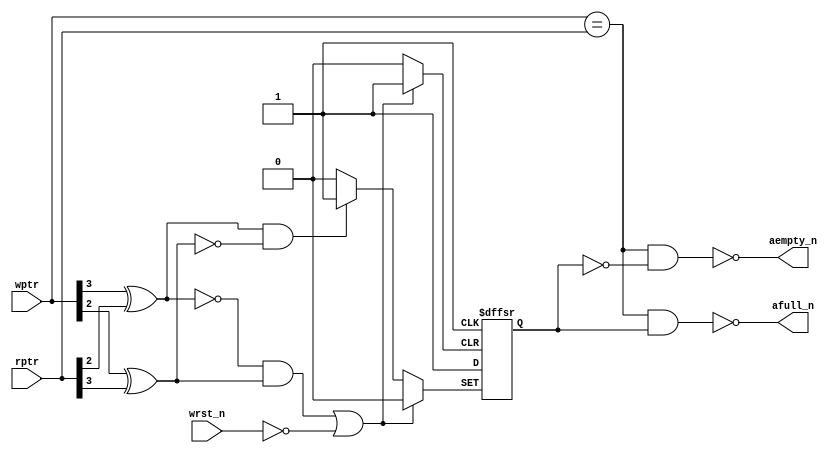
module async_cmp #(
  parameter ASIZE = 4
) (
  input [ASIZE-1:0] wptr,
  input [ASIZE-1:0] rptr,
  input wrst_n,
  output aempty_n,
  output afull_n
);

localparam N = ASIZE - 1;
reg direction;
wire high;
assign high = 1'b1;

wire dirset_n;
wire dirclr_n;
assign dirset_n = ~(  (wptr[N]^rptr[N-1]) && ~(wptr[N-1]^rptr[N]));
assign dirclr_n = ~((~(wptr[N]^rptr[N-1]) &&  (wptr[N-1]^rptr[N])) | ~wrst_n);


always @(posedge high or negedge dirclr_n or negedge dirset_n) begin
  if(!dirclr_n) begin
    direction <= 1'b0;
  end
  else if(!dirset_n) begin
    direction <= 1'b1;
  end
  else begin
    direction <= high;
  end
end

assign aempty_n = ~((wptr == rptr) && !direction);
assign afull_n  = ~((wptr == rptr) &&  direction);

endmodule